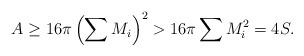
LaTeX: \begin{align*}A \geq 16 \pi \left( \sum M_i \right)^2 > 16 \pi \sum M_i^2 = 4S.\end{align*}